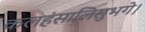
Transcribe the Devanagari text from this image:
कलहंसालिसुभगे।